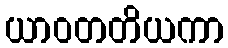
ယာဝတတိယကာ